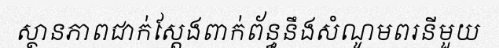
ស្ថានភាពជាក់ស្តែងពាក់ព័ន្ធនឹងសំណូមពរនីមួយ